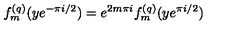
f _ { m } ^ { ( q ) } ( y e ^ { - \pi i / 2 } ) = e ^ { 2 m \pi i } f _ { m } ^ { ( q ) } ( y e ^ { \pi i / 2 } )